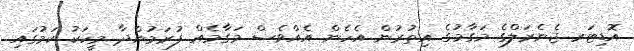
އޮޑިޓަރ ޖެނެރަލްގެ މަގާމުގެ އިތުރުން އެހެން އެއްވެސް މަގާމެއް ފުރަމުންދާ މީހަކު ކަމުގައި